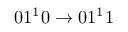
0 1 ^ { 1 } 0 \rightarrow 0 1 ^ { 1 } 1